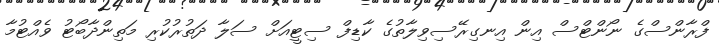
ފްރާންސްގެ ނޯންޓްސް އިން އިނގިރޭސިވިލާތުގެ ކާޑިފް ސިޓީއަށް ސަލާ ދަތުރުކުރި މަތިންދާބޯޓު ވެއްޓުމާ